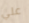
علي